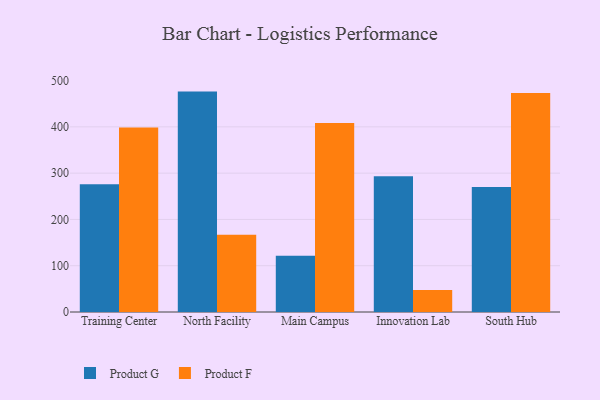
{"axis": {"x": "Campus", "y": "Churn Rate (%)"}, "legend": ["Product F", "Product G"], "data": [{"x": "Training Center", "y": 275.9, "type": "Product G"}, {"x": "Training Center", "y": 398.4, "type": "Product F"}, {"x": "North Facility", "y": 476.2, "type": "Product G"}, {"x": "North Facility", "y": 167.1, "type": "Product F"}, {"x": "Main Campus", "y": 121.3, "type": "Product G"}, {"x": "Main Campus", "y": 408.2, "type": "Product F"}, {"x": "Innovation Lab", "y": 293.5, "type": "Product G"}, {"x": "Innovation Lab", "y": 47.7, "type": "Product F"}, {"x": "South Hub", "y": 270.1, "type": "Product G"}, {"x": "South Hub", "y": 473.1, "type": "Product F"}]}